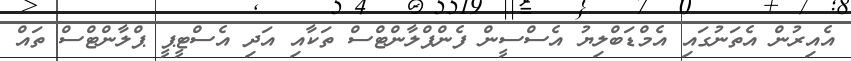
އެއިރުން އެތަނުގައި އެމްޑަބްލިޔު އެސްސީން ފެންޕްލާންޓްސް ތަކާއި އަދި އެސްޓީޕީ ޕްލާންޓްސް ތައް